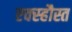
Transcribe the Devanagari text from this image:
एक्स्हौस्त